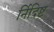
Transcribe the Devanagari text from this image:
र्निदिष्ट